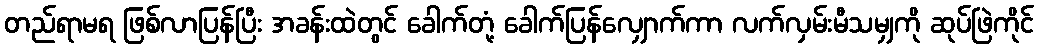
တည်ရာမရ ဖြစ်လာပြန်ပြီး အခန်းထဲတွင် ခေါက်တုံ့ ခေါက်ပြန်လျှောက်ကာ လက်လှမ်းမီသမျှကို ဆုပ်ဖြဲကိုင်